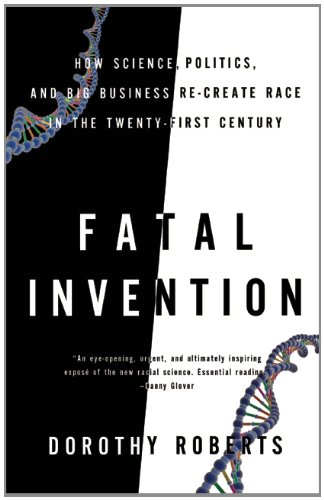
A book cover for Fatal Invention: How Science, Politics, and Big Business Re-create Race in the Twenty-first Century; Dorothy Roberts; Medical Books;